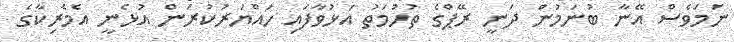
ނަމަވެސް އޭނާ ބުނަމުން ދަނީ ރޭޕްގެ ތުހުމަތު އަޅުވާފައި ހައްޔަރުކުރަން އުޅެނީ އެމެރިކާގެ